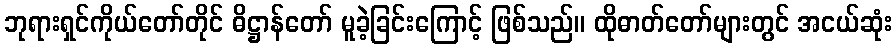
ဘုရားရှင်ကိုယ်တော်တိုင် ဓိဋ္ဌာန်တော် မူခဲ့ခြင်းကြောင့် ဖြစ်သည်။ ထိုဓာတ်တော်များတွင် အငယ်ဆုံး